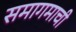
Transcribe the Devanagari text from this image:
समागमाची